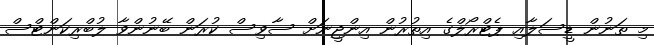
މި ތަނުން ޑީސަލާއި ޕެޓްރޯލްގެ އިތުރުން އިންޖީނަށް ސާވިސް ކުރަން ބޭނުންވާ ލުބްރިކަންޓްސް